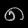
Digit: ၈